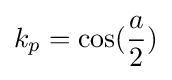
k_{p}=\cos({\frac {a}{2}})